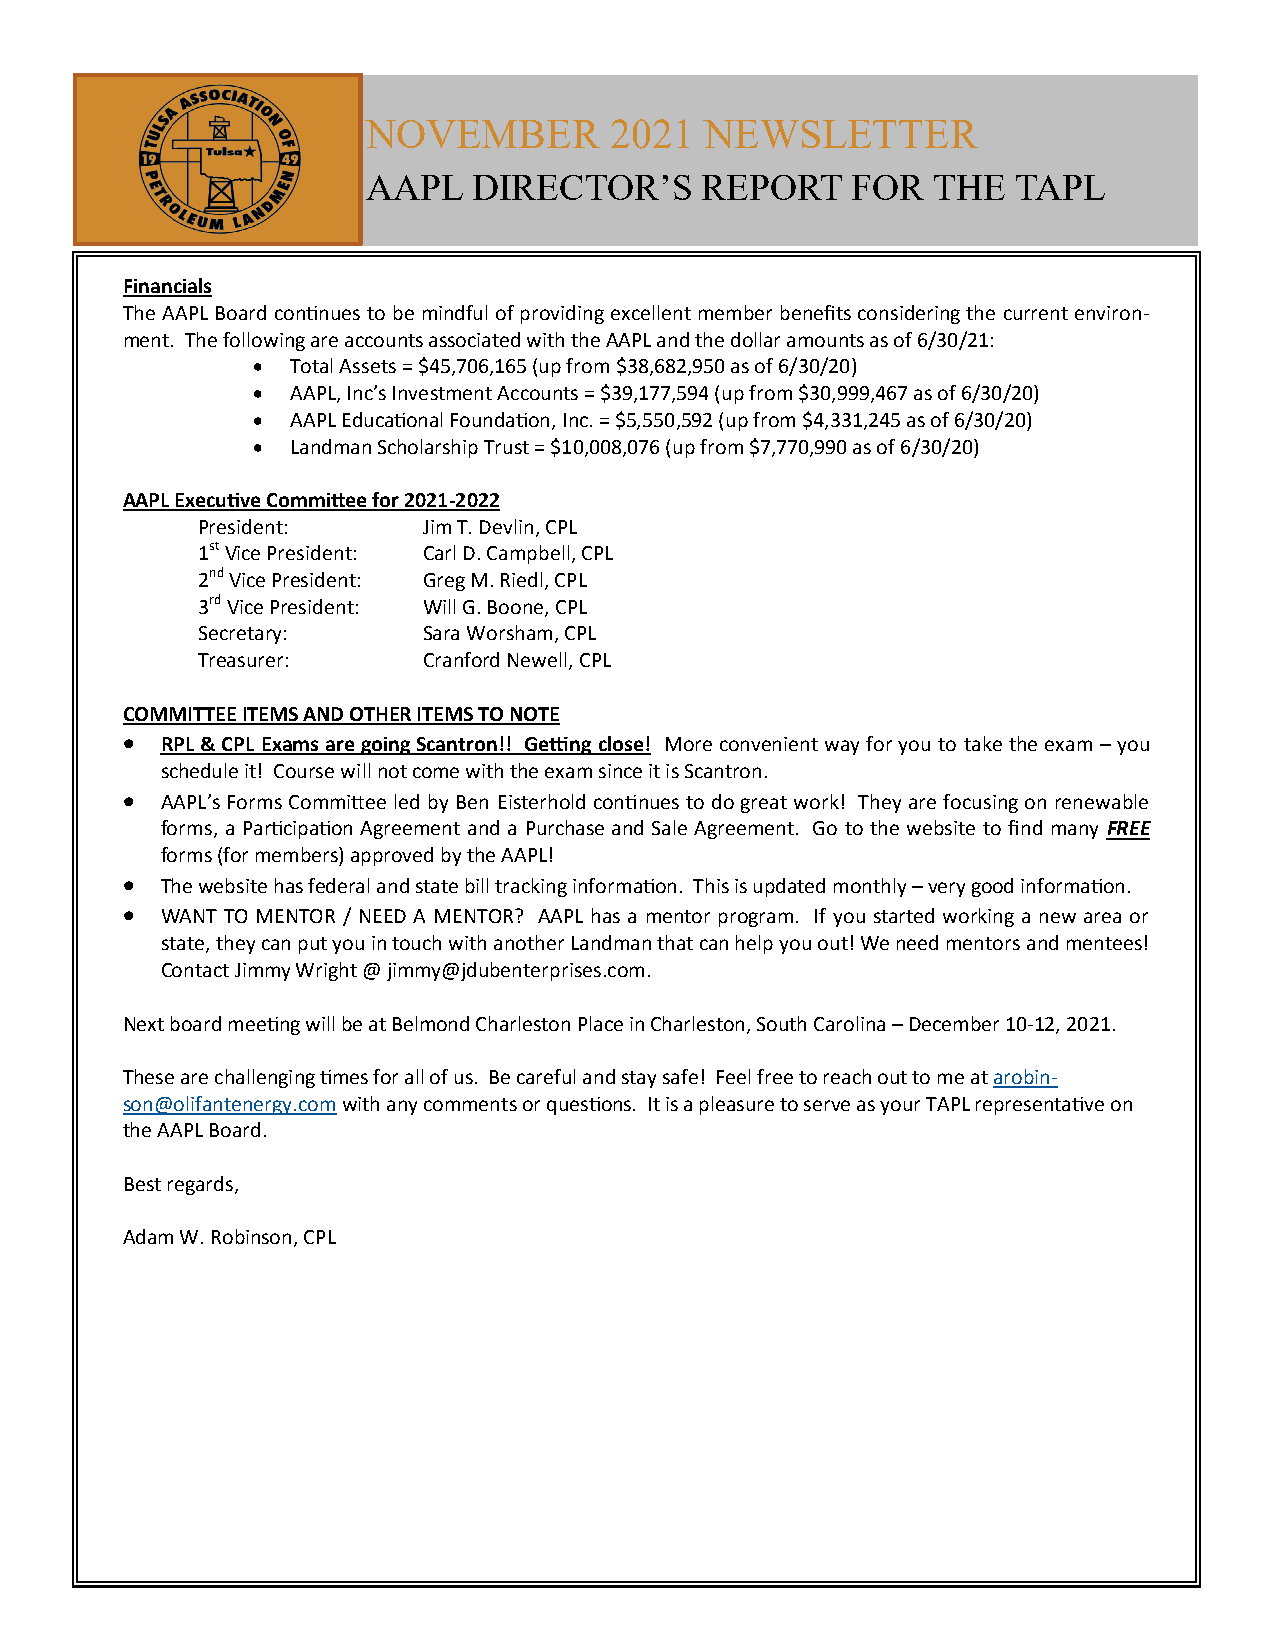
NOVEMBER        2021   NEWSLETTER
 AAPL   DIRECTOR’S     REPORT    FOR   THE  TAPL
 Financials
 The AAPL Board continues to be mindful of providing excellent member benefits considering the current environ-
 ment. The following are accounts associated with the AAPL and the dollar amounts as of 6/30/21:
 • Total Assets = $45,706,165 (up from $38,682,950 as of 6/30/20)
 • AAPL, Inc’s Investment Accounts = $39,177,594 (up from $30,999,467 as of 6/30/20)
 • AAPL Educational Foundation, Inc. = $5,550,592 (up from $4,331,245 as of 6/30/20)
 • Landman Scholarship Trust = $10,008,076 (up from $7,770,990 as of 6/30/20)
 AAPL Executive Committee for 2021-2022
 President:     Jim T. Devlin, CPL
 1st Vice President: Carl D. Campbell, CPL
 2nd Vice President: Greg M. Riedl, CPL
 3rd Vice President: Will G. Boone, CPL
 Secretary:     Sara Worsham, CPL
 Treasurer:     Cranford Newell, CPL
 COMMITTEE ITEMS AND OTHER ITEMS TO NOTE
 •  RPL & CPL Exams are going Scantron!! Getting close! More convenient way for you to take the exam – you
 schedule it! Course will not come with the exam since it is Scantron.
 •  AAPL’s Forms Committee led by Ben Eisterhold continues to do great work! They are focusing on renewable
 forms, a Participation Agreement and a Purchase and Sale Agreement. Go to the website to find many FREE
 forms (for members) approved by the AAPL!
 •  The website has federal and state bill tracking information. This is updated monthly – very good information.
 •  WANT TO MENTOR / NEED A MENTOR? AAPL has a mentor program. If you started working a new area or
 state, they can put you in touch with another Landman that can help you out! We need mentors and mentees!
 Contact Jimmy Wright @ jimmy@jdubenterprises.com.
 Next board meeting will be at Belmond Charleston Place in Charleston, South Carolina – December 10-12, 2021.
 These are challenging times for all of us. Be careful and stay safe! Feel free to reach out to me at arobin-
 son@olifantenergy.com with any comments or questions. It is a pleasure to serve as your TAPL representative on
 the AAPL Board.
 Best regards,
 Adam W. Robinson, CPL